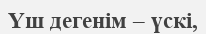
Үш дегенiм – үскi,